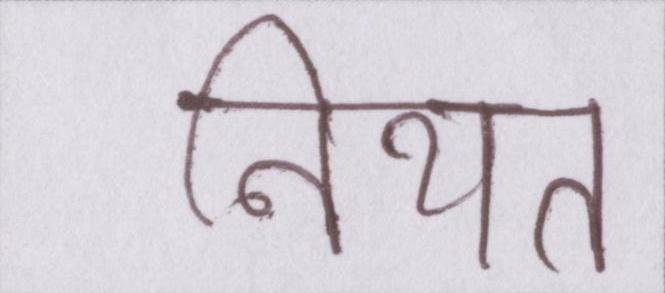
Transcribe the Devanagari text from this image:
नियत